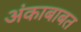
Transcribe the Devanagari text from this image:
अंकाबाबत